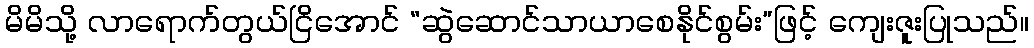
မိမိသို့ လာရောက်တွယ်ငြိအောင် “ဆွဲဆောင်သာယာစေနိုင်စွမ်း”ဖြင့် ကျေးဇူးပြုသည်။